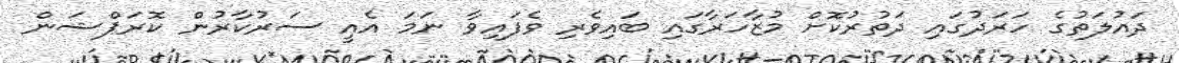
ދައުލަތުގެ ހަރަދުގައި ދަތުރުކޮށް މުޒާހަރާގައި ބައިވެރި ވެފައިވާ ނަމަ އެއީ ސަރުކާރުން ކޮރަޕްޝަން